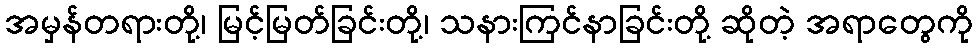
အမှန်တရားတို့၊ မြင့်မြတ်ခြင်းတို့၊ သနားကြင်နာခြင်းတို့ ဆိုတဲ့ အရာတွေကို